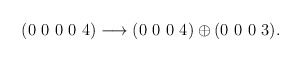
\begin{align*}(0~0~0~0~4) \longrightarrow (0~0~0~4) \oplus (0~0~0~3).\end{align*}